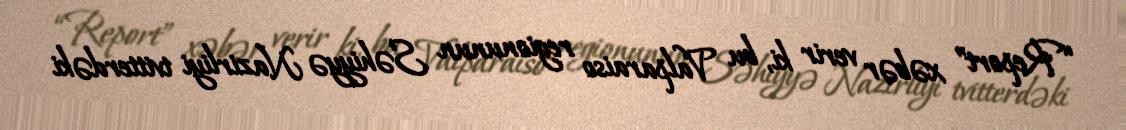
“Report” xəbər verir ki, bu Valparaiso regionunun Səhiyyə Nazirliyi tvitterdəki